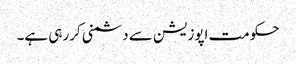
حکومت اپوزیشن سے دشمنی کررہی ہے۔